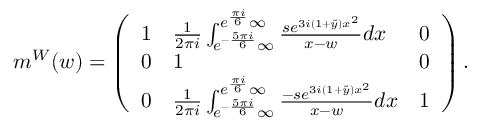
\begin{array} { r } { m ^ { W } ( w ) = \left( \begin{array} { l l l } { 1 } & { \frac { 1 } { 2 \pi i } \int _ { e ^ { - \frac { 5 \pi i } { 6 } } \infty } ^ { e ^ { \frac { \pi i } { 6 } } \infty } \frac { s e ^ { 3 i ( 1 + \tilde { y } ) x ^ { 2 } } } { x - w } d x } & { 0 } \\ { 0 } & { 1 } & { 0 } \\ { 0 } & { \frac { 1 } { 2 \pi i } \int _ { e ^ { - \frac { 5 \pi i } { 6 } } \infty } ^ { e ^ { \frac { \pi i } { 6 } } \infty } \frac { - s e ^ { 3 i ( 1 + \tilde { y } ) x ^ { 2 } } } { x - w } d x } & { 1 } \end{array} \right) . } \end{array}